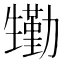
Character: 𤯺